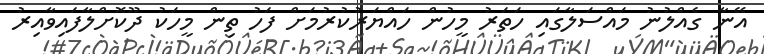
އޭނާ ގެއްލުނު މައްސަލާގައި ހަތަރު މީހުން ހައްޔަރުކުރުމަށް ފަހު ތިން މީހަކު ދޫކޮށްލާފައިވާއިރު